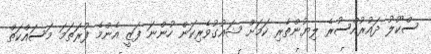
ސްކޫލު ދައުރުއްސުރެ ލިޔުންތެރި ކަމަށް ޝައުގުވެރިކަން ހުންނަ ފަޒީ އެންމެ ފުރަތަމަ މަސައްކަތް